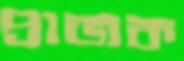
প্রাজক